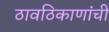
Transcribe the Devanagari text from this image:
ठावठिकाणांची